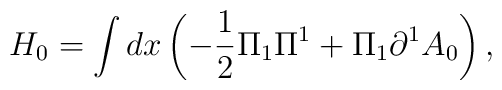
H_0  = \int d x\left( { - \frac{1}{2}\Pi _1 \Pi ^1 + \Pi _1\partial ^1 A_0 } \right),